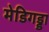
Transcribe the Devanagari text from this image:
मेडिगड्डा